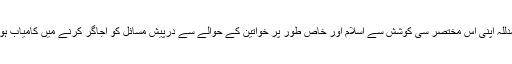
آج ہم الحمدللہ اپنی اس مختصر سی کوشش سے اسلام اور خاص طور پر خواتین کے حوالے سے درپیش مسائل کو اجاگر کرنے میں کامیاب ہورہے ہیں۔